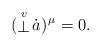
\begin{align*}(\stackrel{\scriptstyle v}{\bot}\!{\dot a})^{\hskip0.3mm\mu}=0.\end{align*}